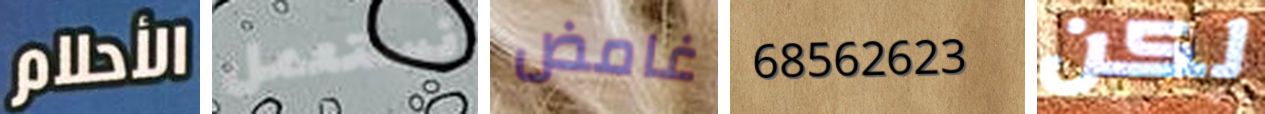
الأحلام نستعمل غامض 68562623 لكن